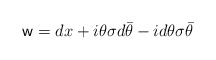
\begin{align*}{\sf w}=dx+i\theta\sigma d\bar{\theta}-id\theta\sigma\bar{\theta}\end{align*}